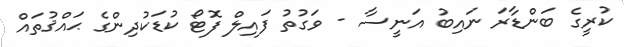
ކުރީގެ ބަންޑާރަ ނައިބު އަނީސާ - ވަގުތު ފައިލް ފޮޓޯ ކުޑަކުދިންގެ ޙައްޤުތައް